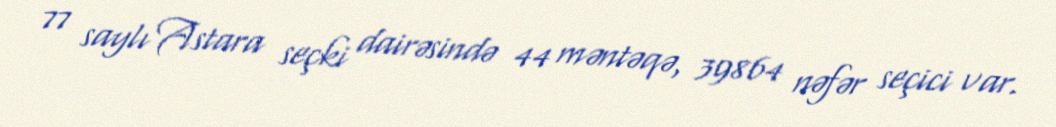
77 saylı Astara seçki dairəsində 44 məntəqə, 39864 nəfər seçici var.